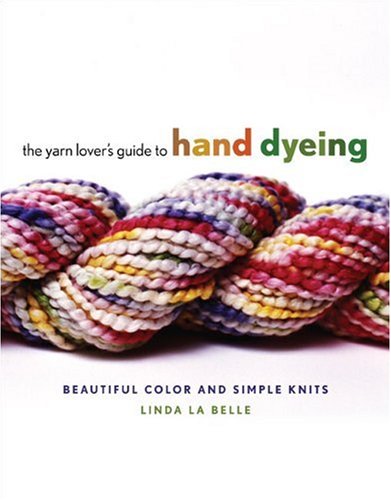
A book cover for The Yarn Lover's Guide to Hand Dyeing: Beautiful Color and Simple Knits; Linda LaBelle; Crafts, Hobbies & Home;